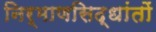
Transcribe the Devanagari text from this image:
निर्माणसिद्धांतों